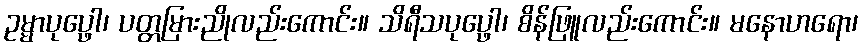
ဥမ္မာပုပ္ဖေါ၊ ပတ္တမြားညိုလည်းကောင်း။ သိရီသပုပ္ဖေါ၊ စိန်ဖြူလည်းကောင်း။ မနောဟရော၊